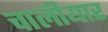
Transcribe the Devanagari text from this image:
चालीयार